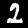
Digit: 2